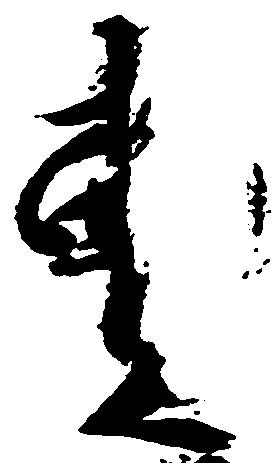
売